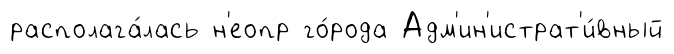
располага́лась н'еопр го́рода Адм'ин'истрат'и́вный